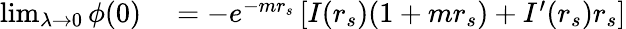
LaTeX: \begin{array}{rl}{\operatorname*{lim}_{\lambda\to 0}\phi(0)}&{{}=-e^{-mr_{s}}\left[I(r_{s})(1+mr_{s})+I^{\prime}(r_{s})r_{s}\right]}\end{array}